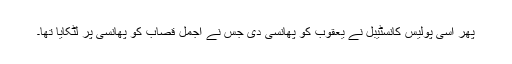
پھر اسی پولیس کانسٹیبل نے یعقوب کو پھانسی دی جس نے اجمل قصاب کو پھانسی پر لٹکایا تھا۔